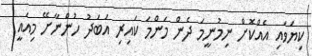
ކިޔަވައި އެއްކޮށް ނިމުނީމަ ދެން މަންމަ ކައިރި އަބަދު ހުންނާށޭ މިއައީ